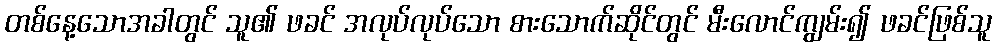
တစ်နေ့သောအခါတွင် သူ၏ ဖခင် အလုပ်လုပ်သော စားသောက်ဆိုင်တွင် မီးလောင်ကျွမ်း၍ ဖခင်ဖြစ်သူ